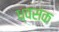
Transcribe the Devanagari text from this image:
ध्वसंक